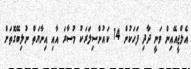
އެލްޖީއޭއިން ވަނީ ދާދި ފަހަކުން 14 ކައުންސިލަރަކު މުސާރަ އާއި އިނާޔަތް ނުލިބޭގޮތަށް